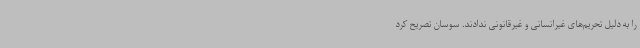
را به دلیل تحریم‌های غیرانسانی و غیرقانونی ندادند. سوسان تصریح کرد